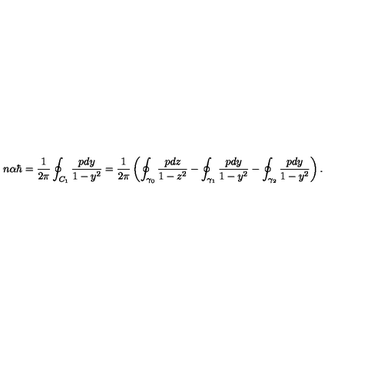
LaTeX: n \alpha \hbar = \frac { 1 } { 2 \pi } \oint _ { C _ { 1 } } \frac { p d y } { 1 - y ^ { 2 } } = \frac { 1 } { 2 \pi } \left( \oint _ { \gamma _ { 0 } } \frac { p d z } { 1 - z ^ { 2 } } - \oint _ { \gamma _ { 1 } } \frac { p d y } { 1 - y ^ { 2 } } - \oint _ { \gamma _ { 2 } } \frac { p d y } { 1 - y ^ { 2 } } \right) .